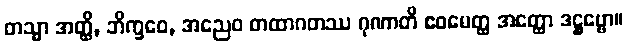
တသ္မာ အတ္ထိ, ဘိက္ခဝေ, အညေဝ တထာဂတဿ ဂုဏာတိ ဧဝမေတ္ထ အတ္ထော ဒဋ္ဌဗ္ဗော။